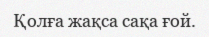
Қолға жақса сақа ғой.